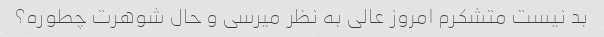
بد نیست متشکرم امروز عالی به نظر میرسی و حال شوهرت چطوره؟